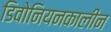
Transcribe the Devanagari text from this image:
डिवोनियनकालीन